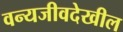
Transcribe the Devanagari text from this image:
वन्यजीवदेखील